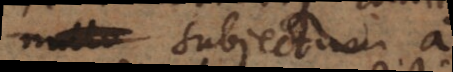
subjectum a